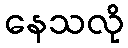
နေသလို